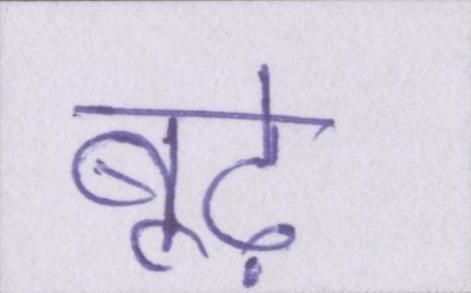
बूढ़े